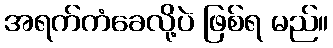
အရက်ကံခေလို့ပဲ ဖြစ်ရ မည်။